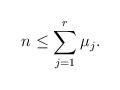
LaTeX: \begin{align*} n \leq \sum_{j=1}^r \mu_j. \end{align*}